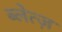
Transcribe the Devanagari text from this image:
ब्लेत्ज़